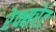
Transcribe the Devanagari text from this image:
रेक्सरेट